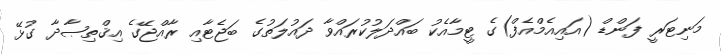
މަނިޓަރީ ފަންޑް (އައިއެމްއެފް)ގެ ޓީމާއެކު ބައްދަލުކުރައްވާ ދައުލަތުގެ ބަޖެޓާއި ރާއްޖޭގެ އިޤްތިޞާދާ ގުޅޭ